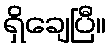
ရှိချေပြီ။